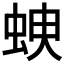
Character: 𧊠